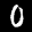
Label: 0